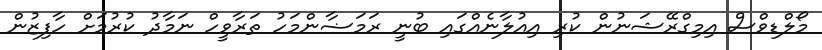
މޯލްޑިވްސް އިމިގްރޭޝަނުން ކުރި އިއުލާނެއްގައި ބުނީ ރަމަޟާންމަހު ތަރާވީހް ނަމާދު ކުރުމަށް ހާފިޒުން